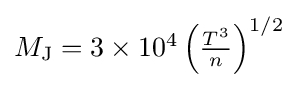
{\textstyle M_{\text{J}}=3\times 10^{4}\left({\frac {T^{3}}{n}}\right)^{1/2}}